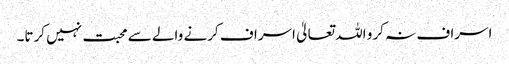
اسراف نہ کرو اللہ تعالیٰ اسراف کرنے والے سے محبت نہیں کرتا۔